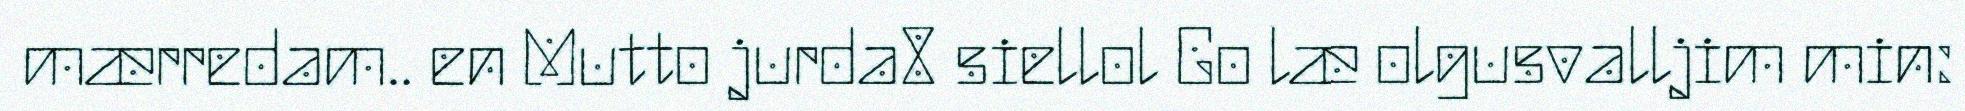
mærredam.. en Mutto jurda8 siellol Go læ olgusvalljim min: